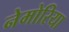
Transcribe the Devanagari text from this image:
नेमोरिया